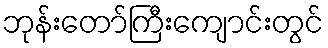
ဘုန်းတော်ကြီးကျောင်းတွင်